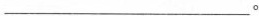
___。